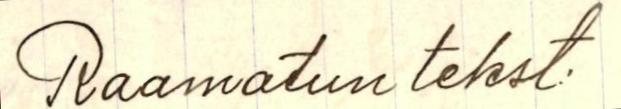
Raamatun tekst.